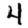
Digit: 4